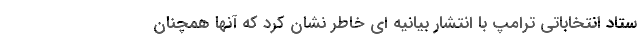
ستاد انتخاباتی ترامپ با انتشار بیانیه ای خاطر نشان کرد که آنها همچنان